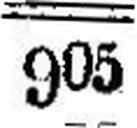
905